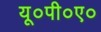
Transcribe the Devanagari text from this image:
यू०पी०ए०